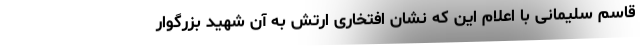
قاسم سلیمانی با اعلام این که نشان افتخاری ارتش به آن شهید بزرگوار